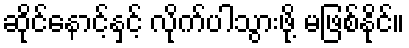
ဆိုင်နောင့်နှင့် လိုက်ပါသွားဖို့ မဖြစ်နိုင်။